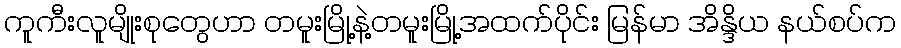
ကူကီးလူမျိုးစုတွေဟာ တမူးမြို့နဲ့တမူးမြို့အထက်ပိုင်း မြန်မာ အိန္ဒိယ နယ်စပ်က